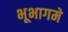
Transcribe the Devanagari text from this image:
भूभागमे